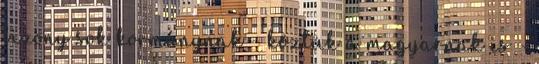
bizony sok kormánynak - köztük a magyarnak is -